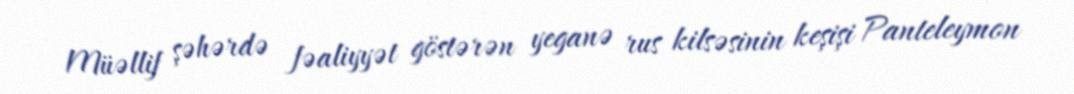
Müəllif şəhərdə fəaliyyət göstərən yeganə rus kilsəsinin keşişi Panteleymon